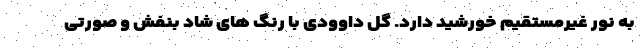
به نور غیرمستقیم خورشید دارد. گل داوودی با رنگ های شاد بنفش و صورتی